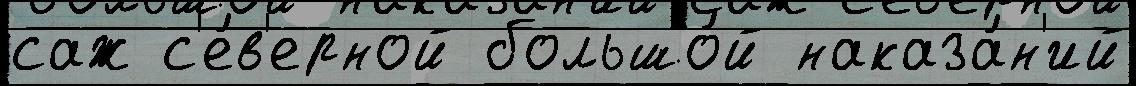
саж с'е́в'ерной большо́й наказа́н'ий